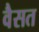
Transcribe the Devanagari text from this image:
वैसत